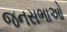
જનસભાઓ